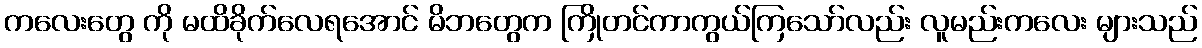
ကလေးတွေ ကို မထိခိုက်လေရအောင် မိဘတွေက ကြိုတင်ကာကွယ်ကြသော်လည်း လူမည်းကလေး များသည်